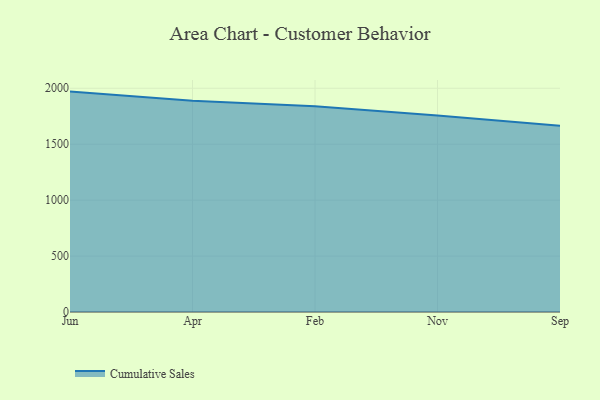
{"axis": {"x": "Month", "y": "Gross Profit (USD K)"}, "legend": ["Cumulative Sales"], "data": [{"x": "Jun", "y": 1970.2, "type": "Cumulative Sales"}, {"x": "Apr", "y": 1887.8, "type": "Cumulative Sales"}, {"x": "Feb", "y": 1838.5, "type": "Cumulative Sales"}, {"x": "Nov", "y": 1756.7, "type": "Cumulative Sales"}, {"x": "Sep", "y": 1665.0, "type": "Cumulative Sales"}]}